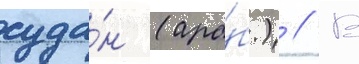
суда́н (ара́б.) // В